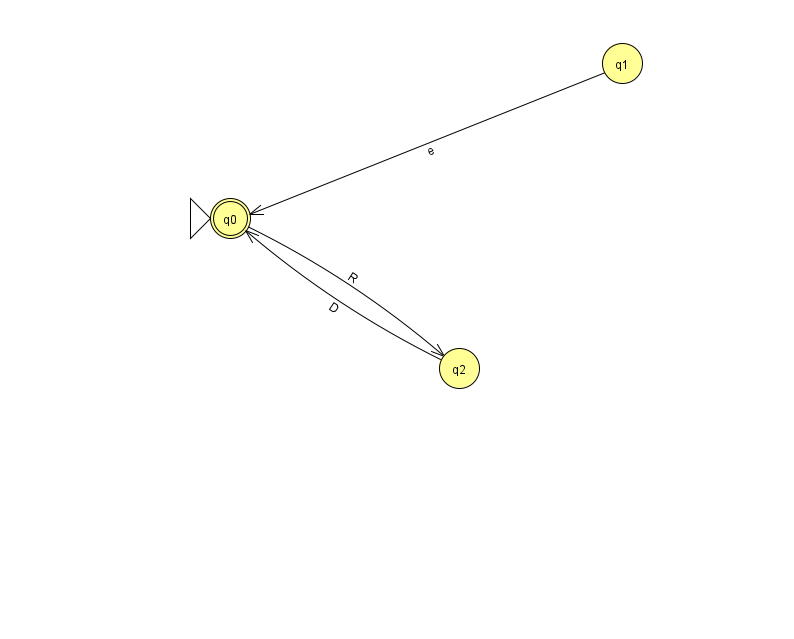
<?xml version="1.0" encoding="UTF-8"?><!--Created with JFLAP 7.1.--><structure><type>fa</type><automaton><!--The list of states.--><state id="0" name="q0"><x>230.0</x><y>205.0</y><initial/><final/></state><state id="1" name="q1"><x>622.0</x><y>50.0</y></state><state id="2" name="q2"><x>459.0</x><y>355.0</y></state><!--The list of transitions.--><transition><from>0</from><to>2</to><read>R</read></transition><transition><from>2</from><to>0</to><read>D</read></transition><transition><from>1</from><to>0</to><read>e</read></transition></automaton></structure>